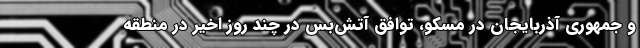
و جمهوری آذربایجان در مسکو، توافق آتش‌بس در چند روز اخیر در منطقه